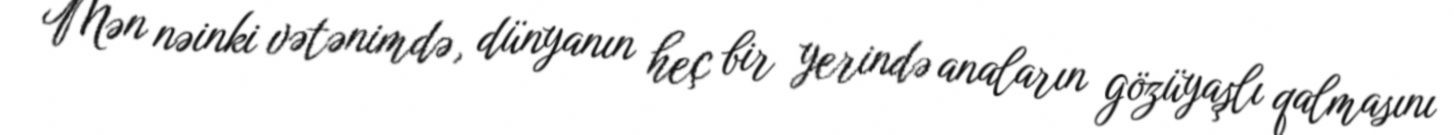
Mən nəinki vətənimdə, dünyanın heç bir yerində anaların gözüyaşlı qalmasını